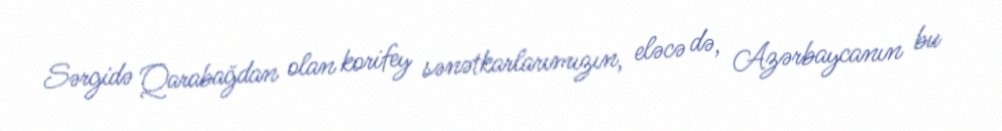
Sərgidə Qarabağdan olan korifey sənətkarlarımızın, eləcə də, Azərbaycanın bu